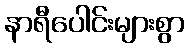
နာရီပေါင်းများစွာ